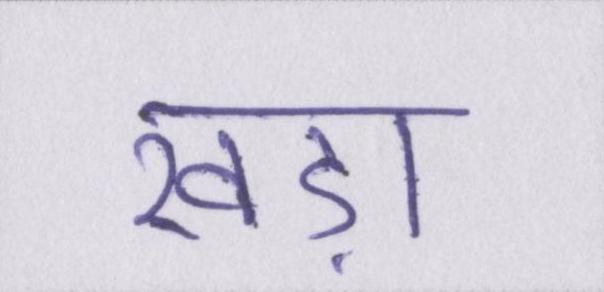
खड़ा